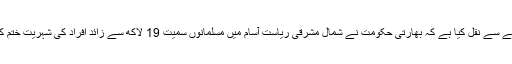
مہر خبررساں ایجنسی نے بھارتی ذرائع کے حوالے سے نقل کیا ہے کہ بھارتی حکومت نے شمال مشرقی ریاست آسام میں مسلمانوں سمیت 19 لاکھ سے زائد افراد کی شہریت ختم کرتے ہوئے انھیں " غیر ملکی " قرار دے دیا ہے۔